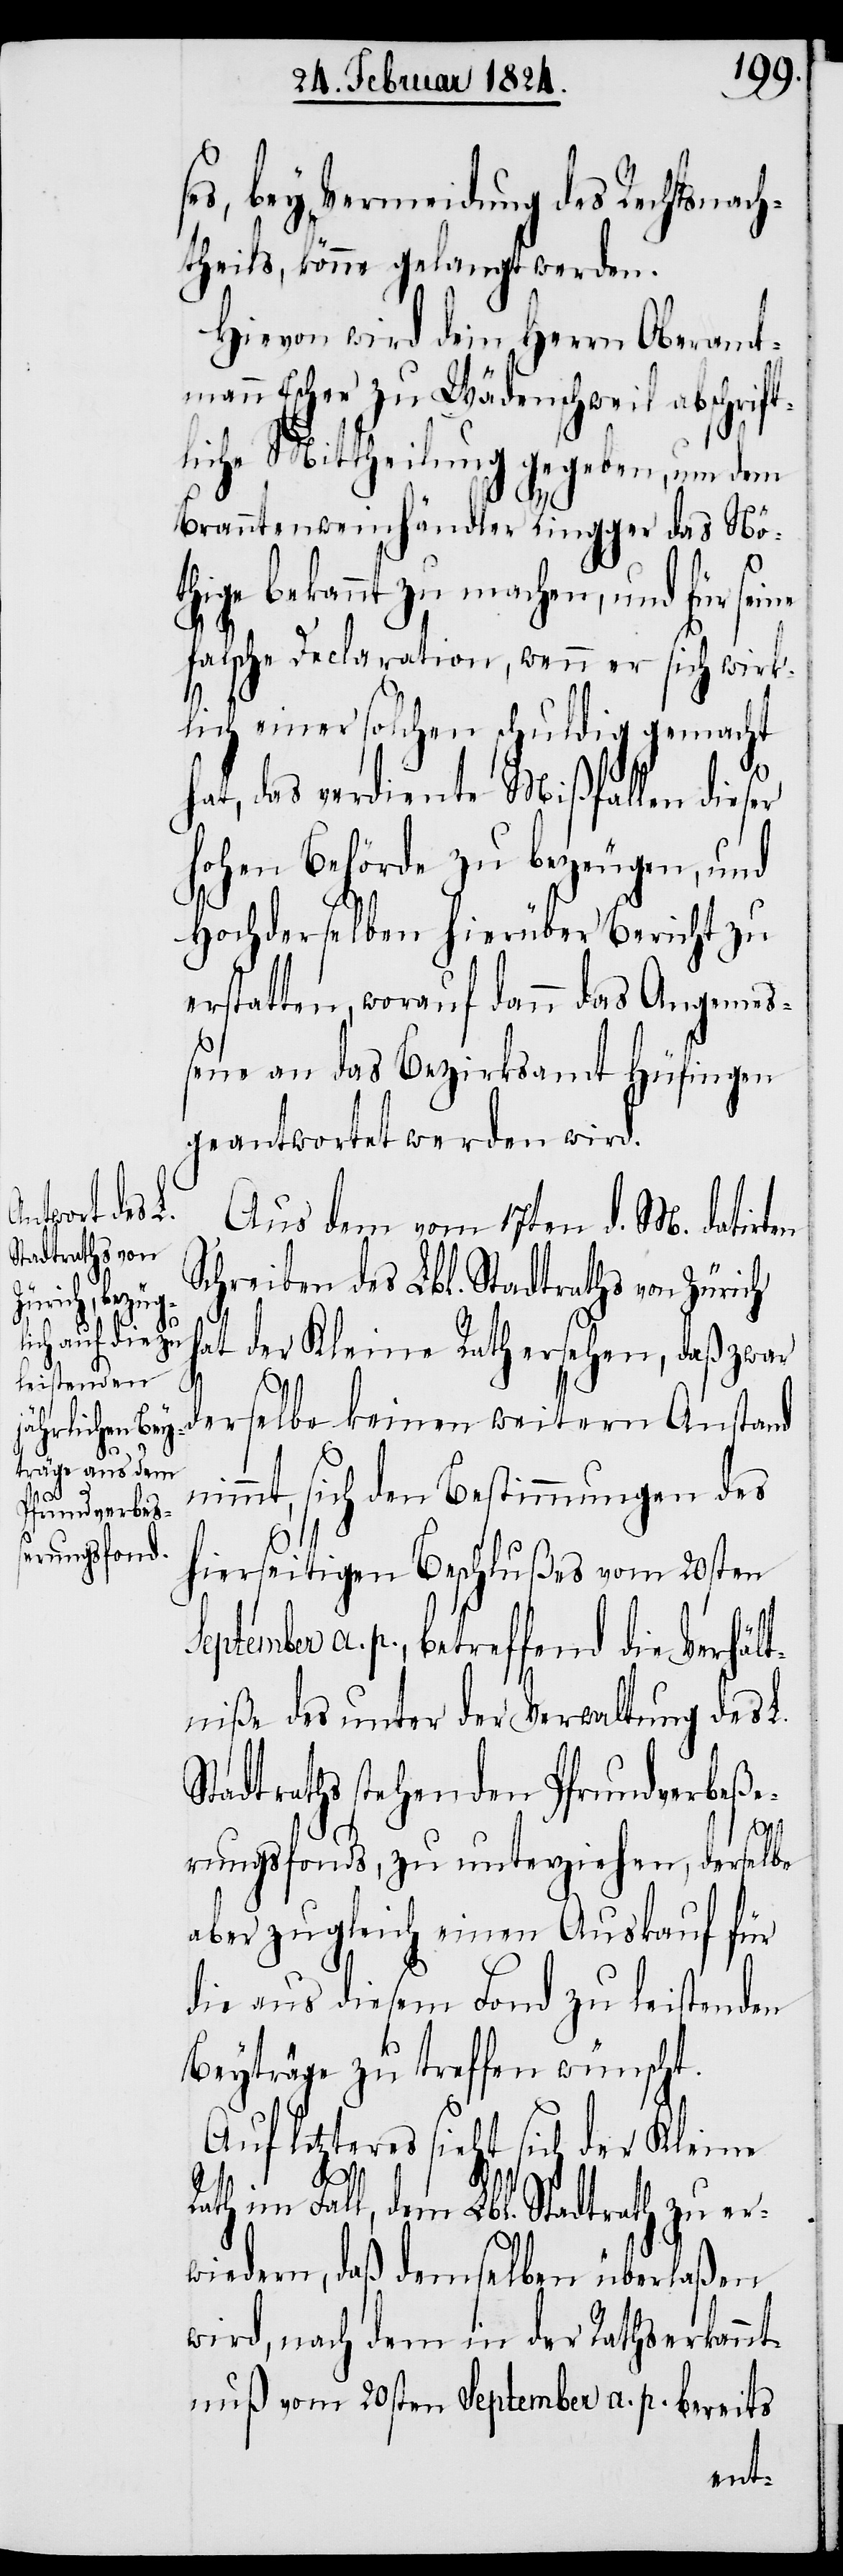
S¬

ses, bey Vermeidung des Rechtsnach¬
theils, könne gelangt werden.
Hievon wird dem Herrn Oberamtm¬
ann Escher zu Wädenschweil abschrif¬
tliche Mittheilung gegeben, um dem
Branntweinhändler Ringger das Nö¬
thige bekannt zu machen, und für seine
falsche Declaration, wenn er sich wirk¬
lich einer solchen schuldig gemacht
hat, das verdiente Mißfallen dieser
hohen Behörde zu bezeugen, und
Hochderselben hierüber Bericht zu
erstatten, worauf dann das Angemeß¬
ene an das Bezirksamt Hüfingen
geantwortet werden wird.
Aus dem vom 17ten d. M. datirten
Schreiben des Lbl. Stadtraths von Zürich
hat der Kleine Rath ersehen, daß zwar
derselbe keinen weitern Anstand
nimmt, sich den Bestimmungen des
hierseitigen Beschlußes vom 20sten
eptember a. p., betreffend die Verhält¬
niße des unter der Verwaltung des L.
Stadtraths stehenden Pfundverbeße¬
rungsfonds, zu unterziehen, derselbe
aber zugleich einen Auskauf für
die aus diesem Fond zu leistenden
Beyträge zu treffen wünscht.
Auf letzteres sieht sich der Kleine
Rath im Fall, dem Lbl. Stadtrath zu er¬
wiedern, daß demselben überlaßen
wird, nach dem in der Rathserkannt¬
nuß vom 20sten September a. p. bereits